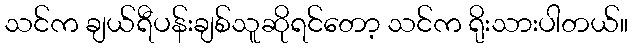
သင်က ချယ်ရီပန်းချစ်သူဆိုရင်တော့ သင်က ရိုးသားပါတယ်။